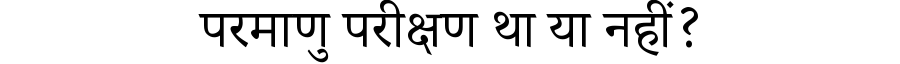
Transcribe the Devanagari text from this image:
परमाणु परीक्षण था या नहीं?